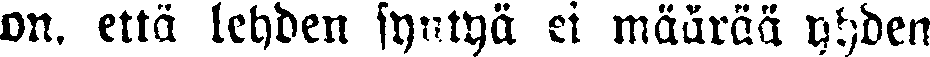
on, että lehden syntyä ei määrää yhden